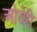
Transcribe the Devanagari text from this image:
ओवेरी